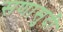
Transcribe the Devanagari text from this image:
सणासुदी